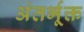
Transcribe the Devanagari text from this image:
अंतर्भूक्त